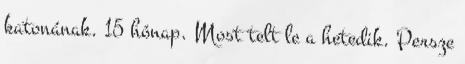
katonának. 15 hónap. Most telt le a hetedik. Persze